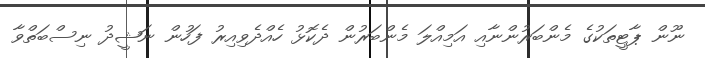
ނޫން ޕާޓީތަކުގެ މެންބަރުންނާއި އަމިއްލަ މެންބަރުން ދެކޮޅު ހެއްދެވިއިރު ފަހުން ނަޝީދު ނިސްބަތްވާ